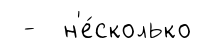
- н'е́сколько